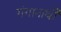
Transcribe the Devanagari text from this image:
गंगानाथी